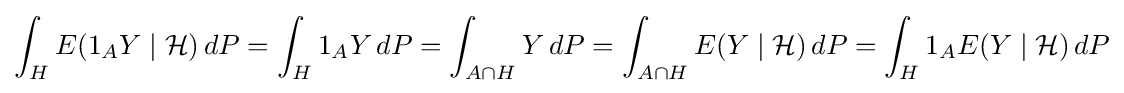
\int _{H}E(1_{A}Y\mid {\mathcal {H}})\,dP=\int _{H}1_{A}Y\,dP=\int _{A\cap H}Y\,dP=\int _{A\cap H}E(Y\mid {\mathcal {H}})\,dP=\int _{H}1_{A}E(Y\mid {\mathcal {H}})\,dP